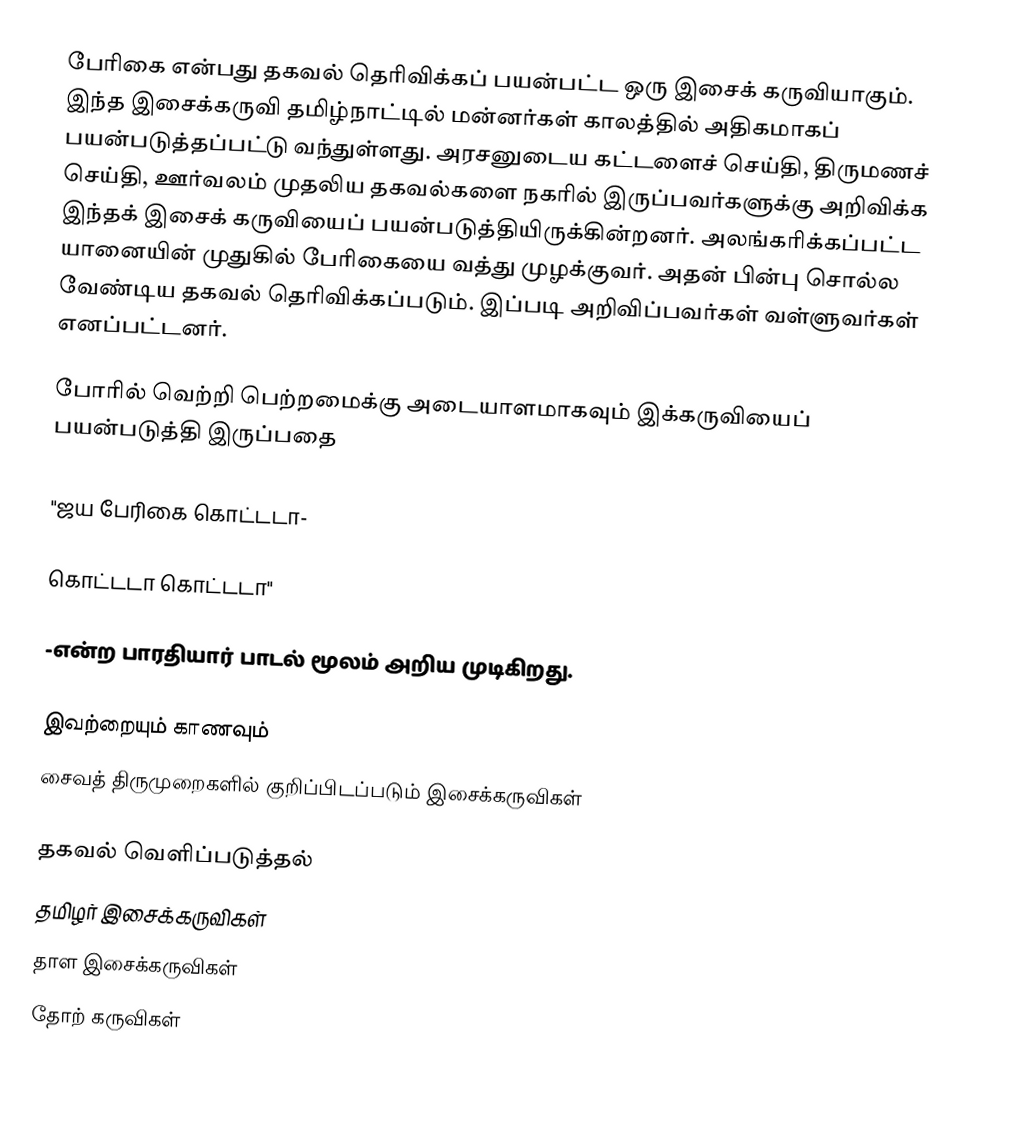
பேரிகை என்பது தகவல் தெரிவிக்கப் பயன்பட்ட ஒரு இசைக் கருவியாகும். இந்த இசைக்கருவி தமிழ்நாட்டில் மன்னர்கள் காலத்தில் அதிகமாகப் பயன்படுத்தப்பட்டு வந்துள்ளது. அரசனுடைய கட்டளைச் செய்தி, திருமணச் செய்தி, ஊர்வலம் முதலிய தகவல்களை நகரில் இருப்பவர்களுக்கு அறிவிக்க இந்தக் இசைக் கருவியைப் பயன்படுத்தியிருக்கின்றனர். அலங்கரிக்கப்பட்ட யானையின் முதுகில் பேரிகையை வத்து முழக்குவர். அதன் பின்பு சொல்ல வேண்டிய தகவல் தெரிவிக்கப்படும். இப்படி அறிவிப்பவர்கள் வள்ளுவர்கள் எனப்பட்டனர்.

போரில் வெற்றி பெற்றமைக்கு அடையாளமாகவும் இக்கருவியைப் பயன்படுத்தி இருப்பதை

"ஜய பேரிகை கொட்டடா-

கொட்டடா கொட்டடா"

-என்ற பாரதியார் பாடல் மூலம் அறிய முடிகிறது.

இவற்றையும் காணவும்
 சைவத் திருமுறைகளில் குறிப்பிடப்படும் இசைக்கருவிகள்

 தகவல் வெளிப்படுத்தல்
 தமிழர் இசைக்கருவிகள்
தாள இசைக்கருவிகள்
தோற் கருவிகள்